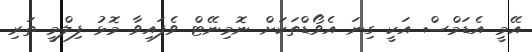
އޭމީ އެޑަމްސް އަކީ ގިނަ އެވޯޑްތަކަށް ނޮމިނޭޓް ވެފައިވާ މޮޅު ފިލްމީ ތަރި